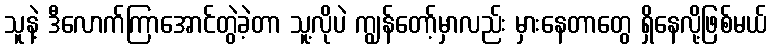
သူနဲ့ ဒီလောက်ကြာအောင်တွဲခဲ့တာ သူ့လိုပဲ ကျွန်တော့်မှာလည်း မှားနေတာတွေ ရှိနေလို့ဖြစ်မယ်